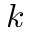
k